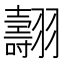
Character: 翿